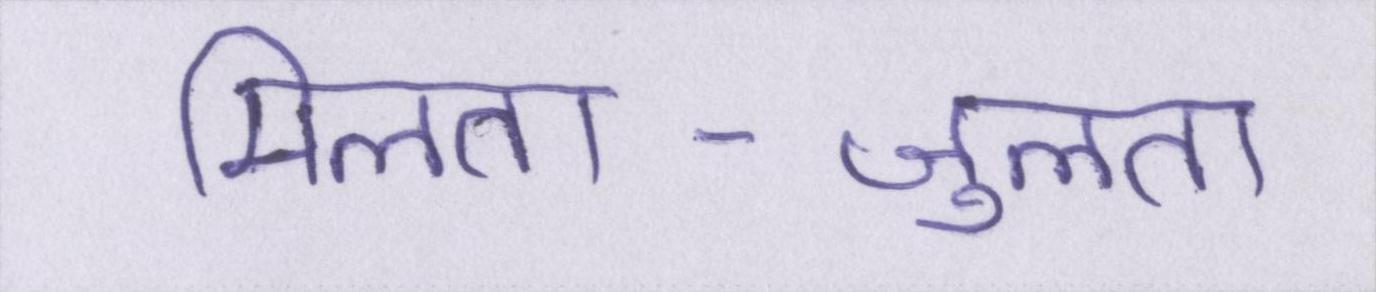
मिलता-जुलता